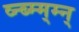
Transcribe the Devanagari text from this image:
व्न्ब्म्म्म्न्